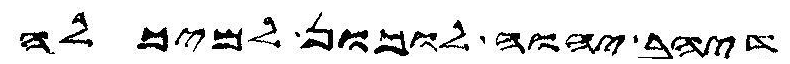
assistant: דיהב יהוה לוכון למיכלה